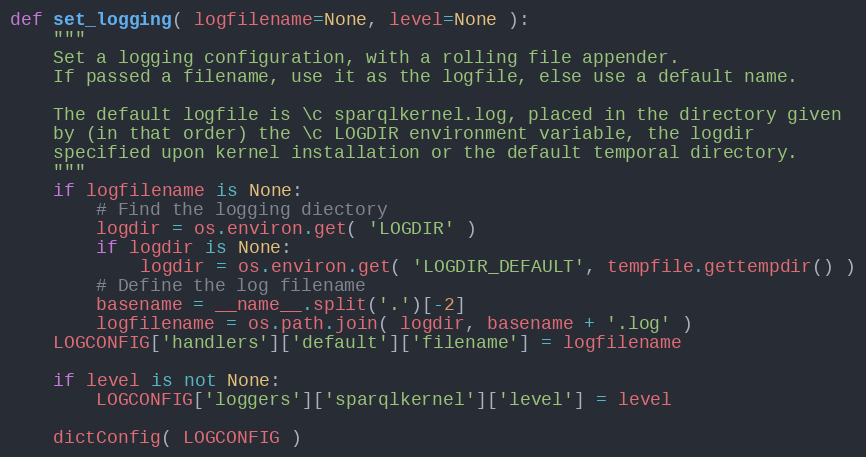
Language: Python
def set_logging( logfilename=None, level=None ):
    """
    Set a logging configuration, with a rolling file appender.
    If passed a filename, use it as the logfile, else use a default name.

    The default logfile is \c sparqlkernel.log, placed in the directory given
    by (in that order) the \c LOGDIR environment variable, the logdir
    specified upon kernel installation or the default temporal directory.
    """
    if logfilename is None:
        # Find the logging diectory
        logdir = os.environ.get( 'LOGDIR' )
        if logdir is None:
            logdir = os.environ.get( 'LOGDIR_DEFAULT', tempfile.gettempdir() )
        # Define the log filename
        basename = __name__.split('.')[-2]
        logfilename = os.path.join( logdir, basename + '.log' )
    LOGCONFIG['handlers']['default']['filename'] = logfilename

    if level is not None:
        LOGCONFIG['loggers']['sparqlkernel']['level'] = level

    dictConfig( LOGCONFIG )